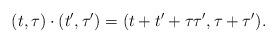
LaTeX: \begin{align*} (t, \tau) \cdot (t', \tau') = (t + t' + \tau \tau', \tau + \tau').\end{align*}